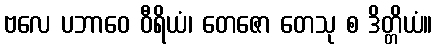
ဗလေ ပဘာဝေ ဝီရိယံ၊ တေဇော တေသု စ ဒိတ္တိယံ။